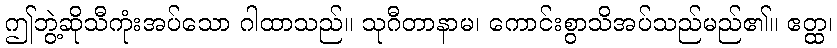
ဤဘွဲ့ဆိုသီကုံးအပ်သော ဂါထာသည်။ သုဂီတာနာမ၊ ကောင်းစွာသိအပ်သည်မည်၏။ ဧတ္ထ၊